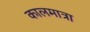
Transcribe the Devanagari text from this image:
कालमात्रा